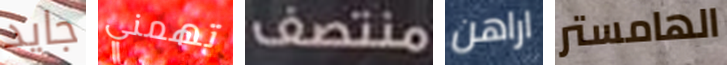
جايد تهمني منتصف اراهن الهامستر